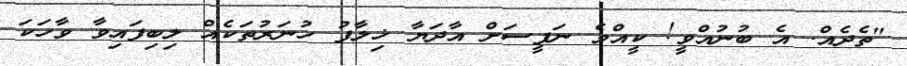
"ތެދެއް. އެ ބުނުއްވީ! ކީއްވެ ނަފީސަށް އާދަޔާ ޚިލާފު ހުނަރުތަކެއް ލިބިފައިވާ ވާހަކަ